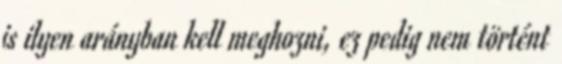
is ilyen arányban kell meghozni, ez pedig nem történt